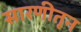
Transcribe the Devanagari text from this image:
सारणीतून